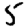
Digit: 5